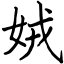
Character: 娀